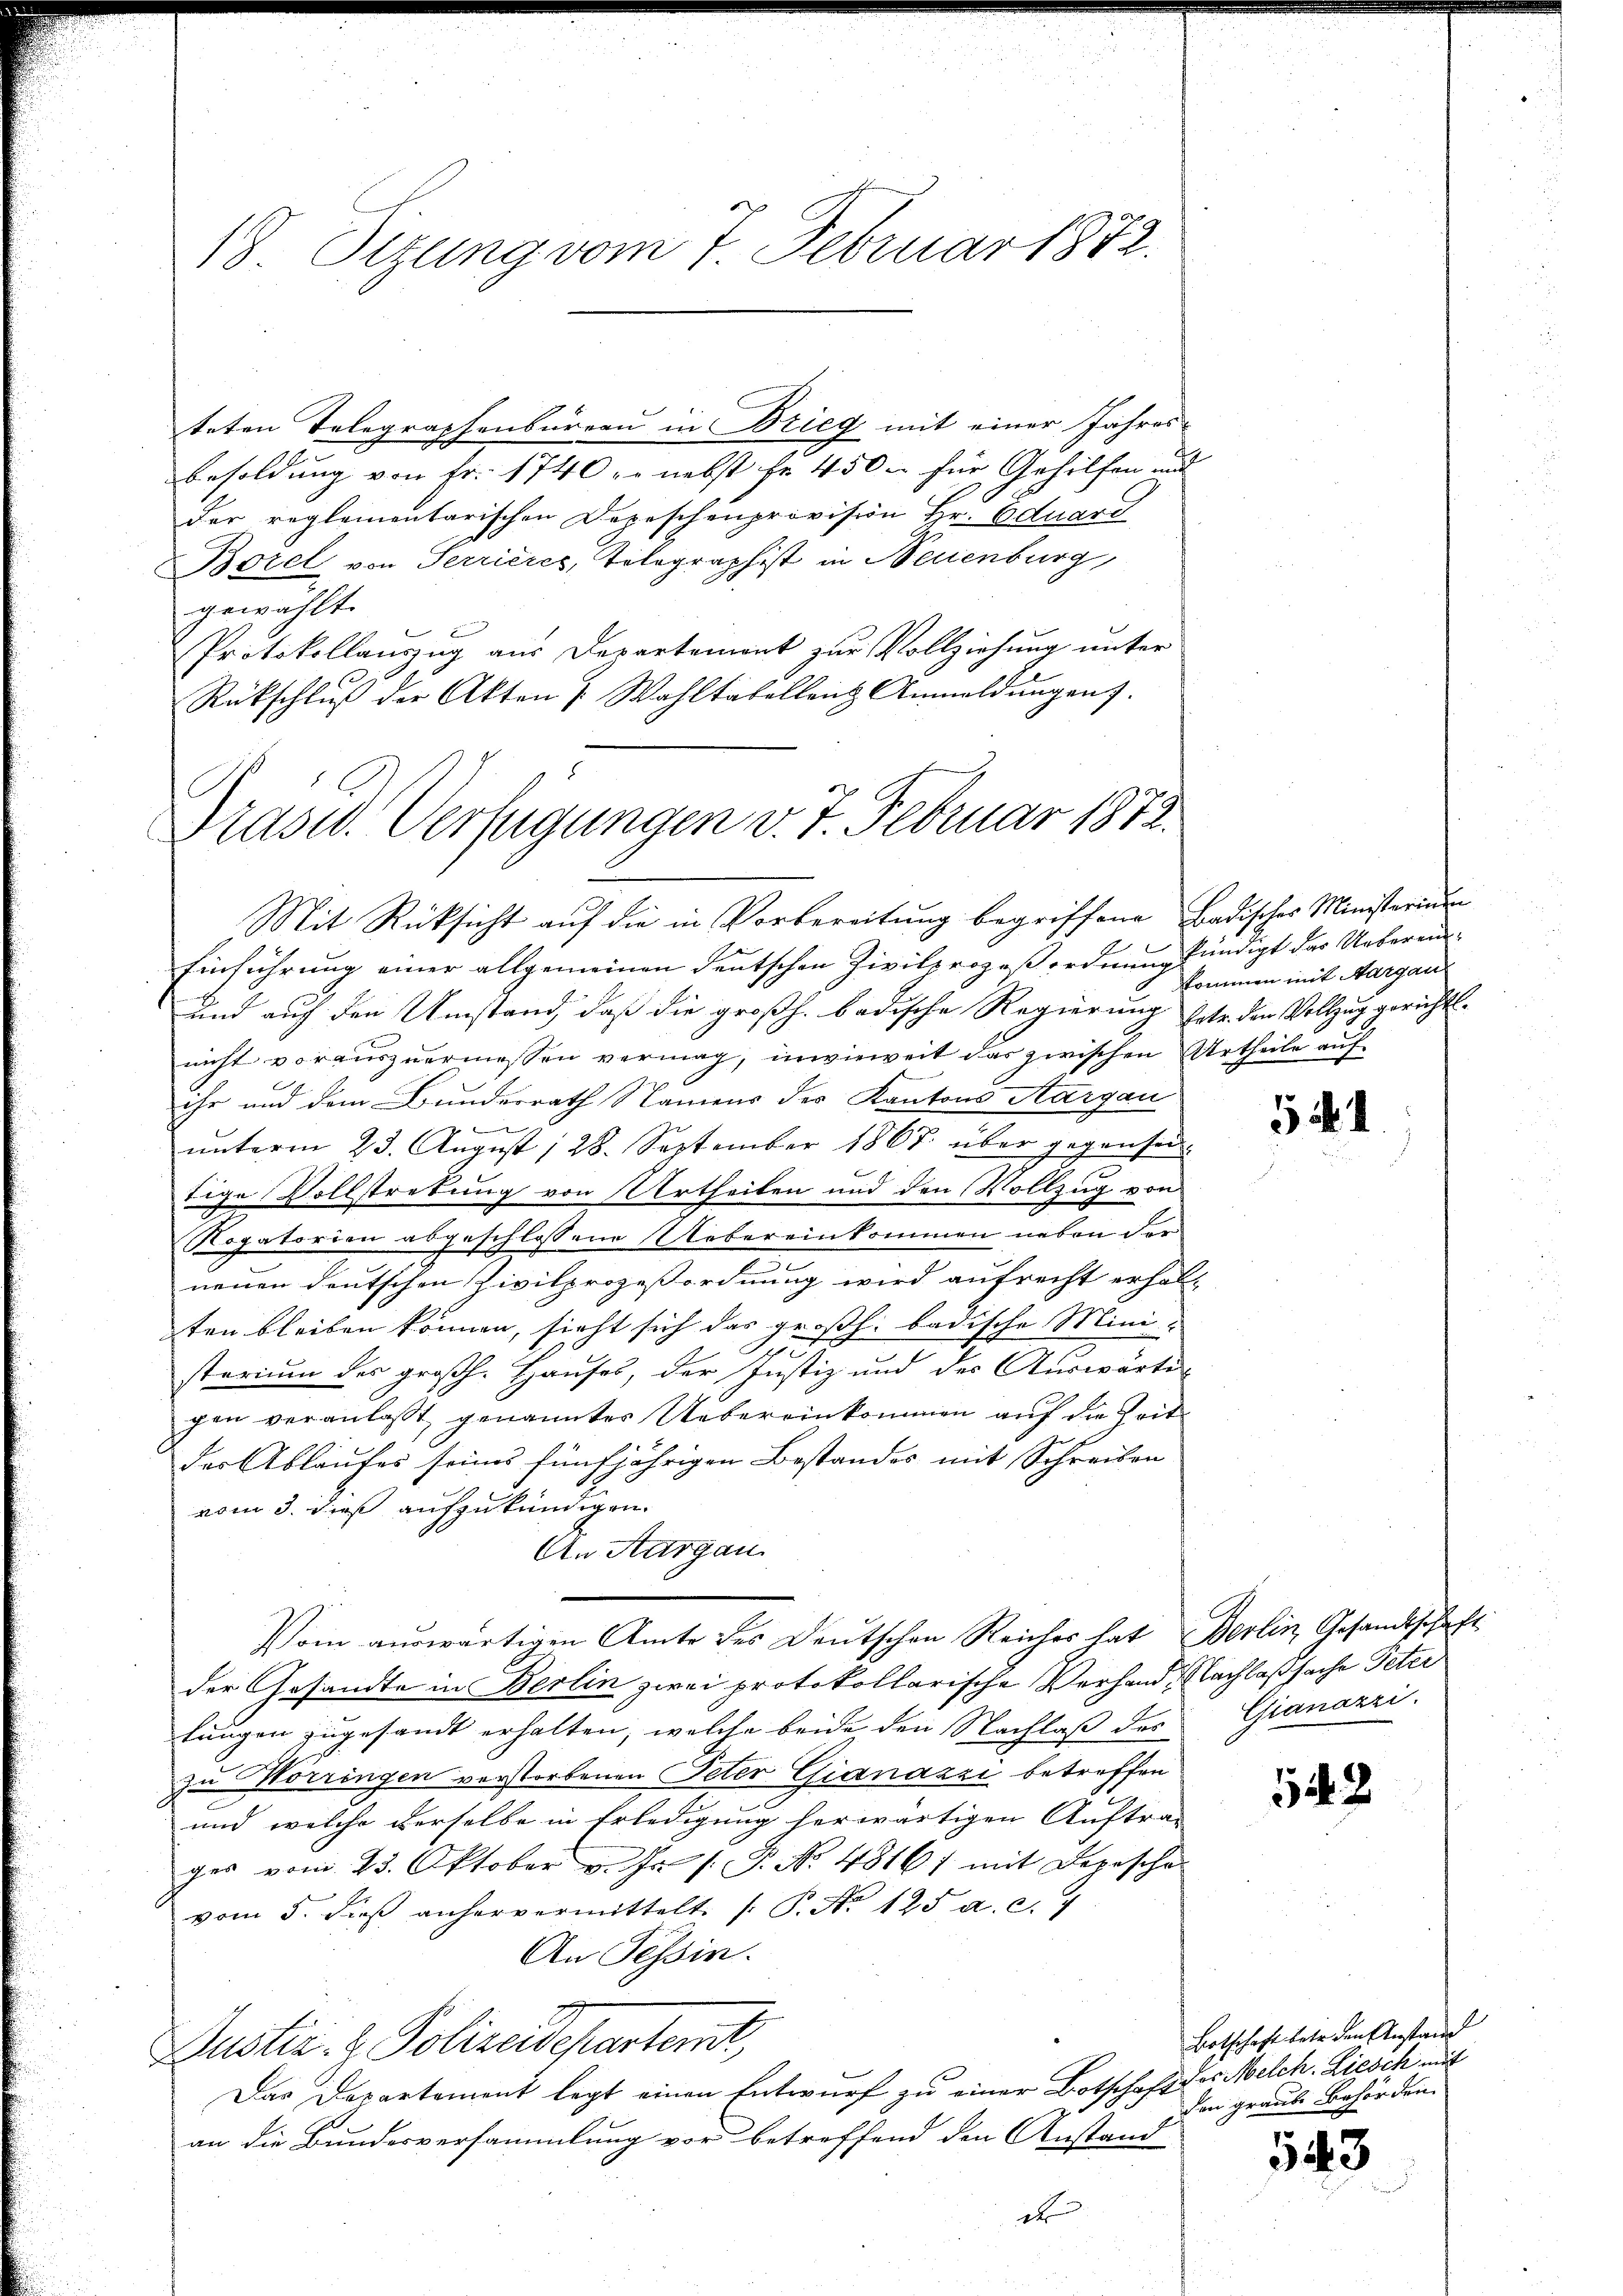
teten Telegraphenbureau in Brieg mit einer Jahres-
Besoldung von Fr. 1740 er nebst je 450. für Gehilfen und
Der reglementarischen Depeschenprovision Hr. Eduard
Borel von Serrieres, Tolographist in Neuenburg
gewählt.
Protokollauszug aus Departemont zur Vollziehung unter
Rückschluß der Akten & Wahltabellent Anmeldungen).

18 Sitzung vom 7. Februar 1872.

Präsid. Verfügungen v. 7. Februar 1872.
Mit Rücksicht auf die in Vorbereitung begriffene Badisches Ministerium

Einführung einer allgemeinen deutschen Zivilprozeßordnung kündigt das Ueberein
und auch den Umstand, daß die großh. badische Regierung hete den Vollzug gerichtsnicht voraŭszŭermessen vermag, invieweit das zwischen Urtheile aŭf
ihr und dem Bundesrath Namens der Kantons Aargau
.
unterm 23. August 1 28. September 1867 über gegensei
tige Vollstretung von Urtheilen und den Vollzug von
Rogatorien abgeschlossene Uebereinkommen neben der
e
neuen deutschen Zivilprozeßordnung wird aufrecht erhal-
ten bleiben können, sieht sich das großh. badische Mini¬
17
sterium des großh. Hauses, der Justiz und des Auswärti
gen veranlasst, genannter Uebereinkommen auf die Zeitder Ablaufes seines fünfjährigen Bestandes mit Schreiben
vom 3. dieß aufzukündigen.
An Aargau.
Vom auswärtigen Amte des Deutschen Reiches hat Berlin, Gesandtschaft
der Gesandte in Berlin zwei protokollarische Verhand, Nachlaßsache Peter
tungen zugesandt erhalten, welche beide den Nachlaß des Gianazzi-
zu orringen verstorbenen Peter Gianazzi betreffen
und welche derselbe in Erledigung herwärtigen Auftrag
ges vom 23. Oktober v. J. P. No 4816) mit Depesche
vom 5. dieβ anhervermittelt. /: P. Nr. 125 a. c. 4
An Tessin.
Justiz- & Polizeidepartemt,
Das Departement legt einen Entwurf zu einer Botschaft der Melch. Liesch mit
an die Bundesversammlung vor betreffend den Anstand
ats

kommen mit Margau

541.

542

Botschaft betr. den Anstand
den graube Behörden.

543